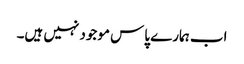
اب ہمارے پاس موجود نہیں ہیں۔